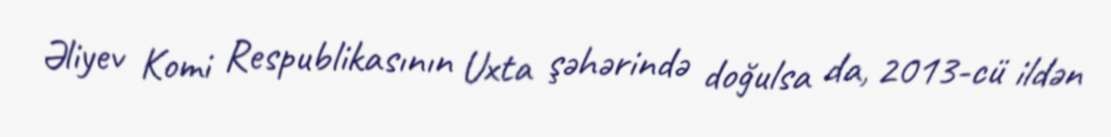
Əliyev Komi Respublikasının Uxta şəhərində doğulsa da, 2013-cü ildən